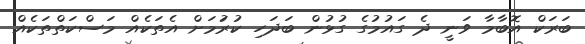
ބަރަކް އޮބާމާ ވަނީ ދެ ގައުމުގެ ގުޅުން ބަދަހި ކުރުަމަށް އެތަކެއް މަސްކަތްތަކެއް